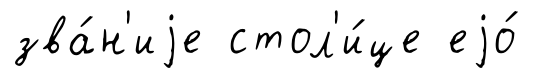
зва́н'иjе стол'и́це еjо́